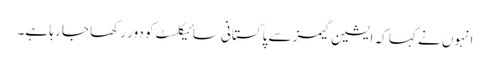
انہوں نے کہا کہ ایشین گیمز سے پاکستانی سائیکلسٹ کو دور رکھا جا رہا ہے۔